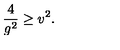
{ \frac { 4 } { g ^ { 2 } } } \geq v ^ { 2 } .